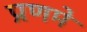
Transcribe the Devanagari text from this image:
प्रणमे